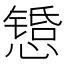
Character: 𫻇